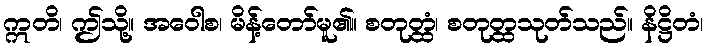
ဣတိ၊ ဤသို့။ အဝေါစ၊ မိန့်တော်မူ၏။ စတုတ္ထံ၊ စတုတ္ထသုတ်သည်။ နိဋ္ဌိတံ၊